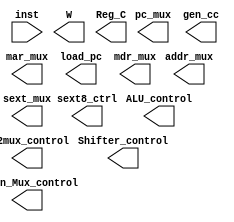
module controlpath(inst, mar_mux, load_pc, pc_mux, addr_mux, sext_mux, mdr_mux, sext8_ctrl,
						gen_cc, ALU_control, DR_in_Mux_control, W,Reg_C, Shifter_control, SR2mux_control);
						
input wire [15:0] inst;
output reg mar_mux, load_pc, pc_mux, addr_mux, sext8_ctrl,
						gen_cc, W,Reg_C, SR2mux_control;
output reg [1:0] sext_mux, ALU_control, DR_in_Mux_control, mdr_mux;
output reg [5:0] Shifter_control;

/*always @(*) begin
mdr_mux = 2'b11;
 case(inst[15:12])
 (4'd0)
 (4'd1)
 (4'd2)
 (4'd3)
 (4'd4)
 (4'd5)
 (4'd6)
 (4'd7)
 (4'd8)
 (4'd9)
 (4'd10)
 (4'd11)
 (4'd12)
 (4'd13)
 (4'd14)
 (4'd15)
endcase
 end*/
endmodule